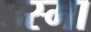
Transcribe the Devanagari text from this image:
उस्मा